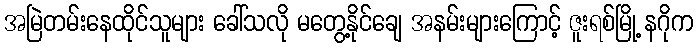
အမြဲတမ်းနေထိုင်သူများ ခေါ်သလို မတွေ့နိုင်ချေ အနမ်းများကြောင့် ဇူးရစ်မြို့ နဂိုက